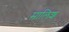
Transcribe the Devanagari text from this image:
मालिश्‍ा